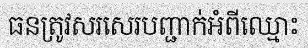
ធនត្រូវសរសេរបញ្ជាក់អំពីឈ្មោះ